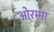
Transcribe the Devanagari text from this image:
ओरम्मा